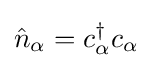
{\hat {n}}_{\alpha }=c_{\alpha }^{\dagger }c_{\alpha }